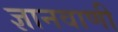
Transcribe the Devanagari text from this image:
ज्ञानवाणी